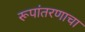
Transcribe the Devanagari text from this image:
रूपांतरणाचा